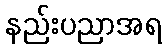
နည်းပညာအရ